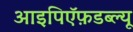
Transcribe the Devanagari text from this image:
आइपिऍफ़डब्ल्यू